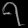
Digit: ၇